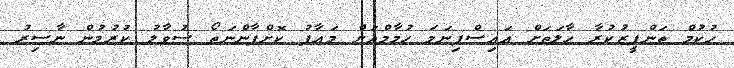
ހުކުމް ތަންފީޒުކުރާ ހާލަތަށް އައިސްފިނަމަ ހުމާމްއަށް މަޢާފު ކޮށްފާންނަތޯ ސުވާލު ކުރުމުން ނާސިރު